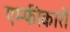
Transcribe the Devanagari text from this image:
एम्फीकारों